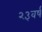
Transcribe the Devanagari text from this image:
२३वर्ष